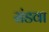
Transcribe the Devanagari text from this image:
संडवा